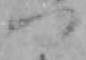
つ